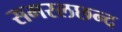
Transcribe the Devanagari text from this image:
समरलछन्द